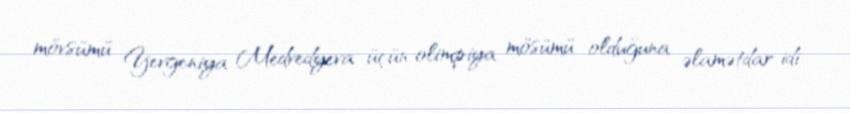
mövsümü Yevgeniya Medvedyeva üçün olimpiya mösümü olduğuna əlamətdar idi.